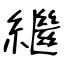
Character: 繼